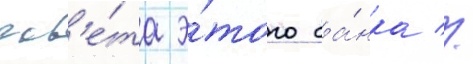
сов'е́та э́того ба́нка //